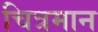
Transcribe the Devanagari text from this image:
चित्रमान